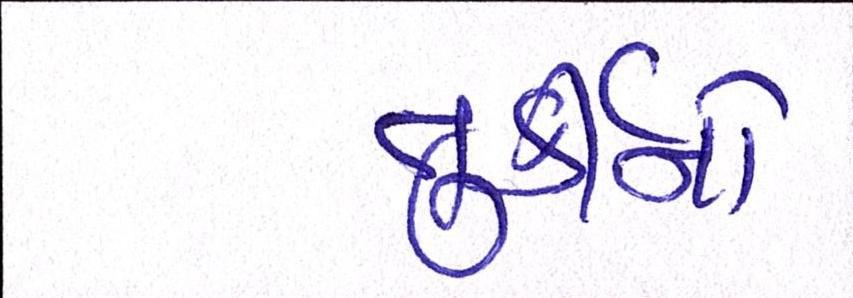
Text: તુર્કીનો